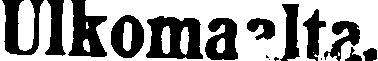
Ulkomaalta.